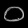
Digit: ၀